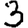
Digit: 3